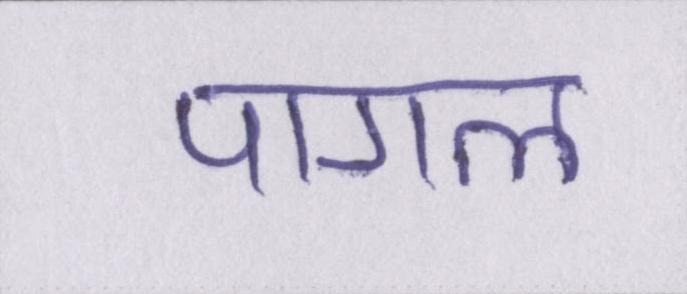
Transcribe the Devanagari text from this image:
पागल